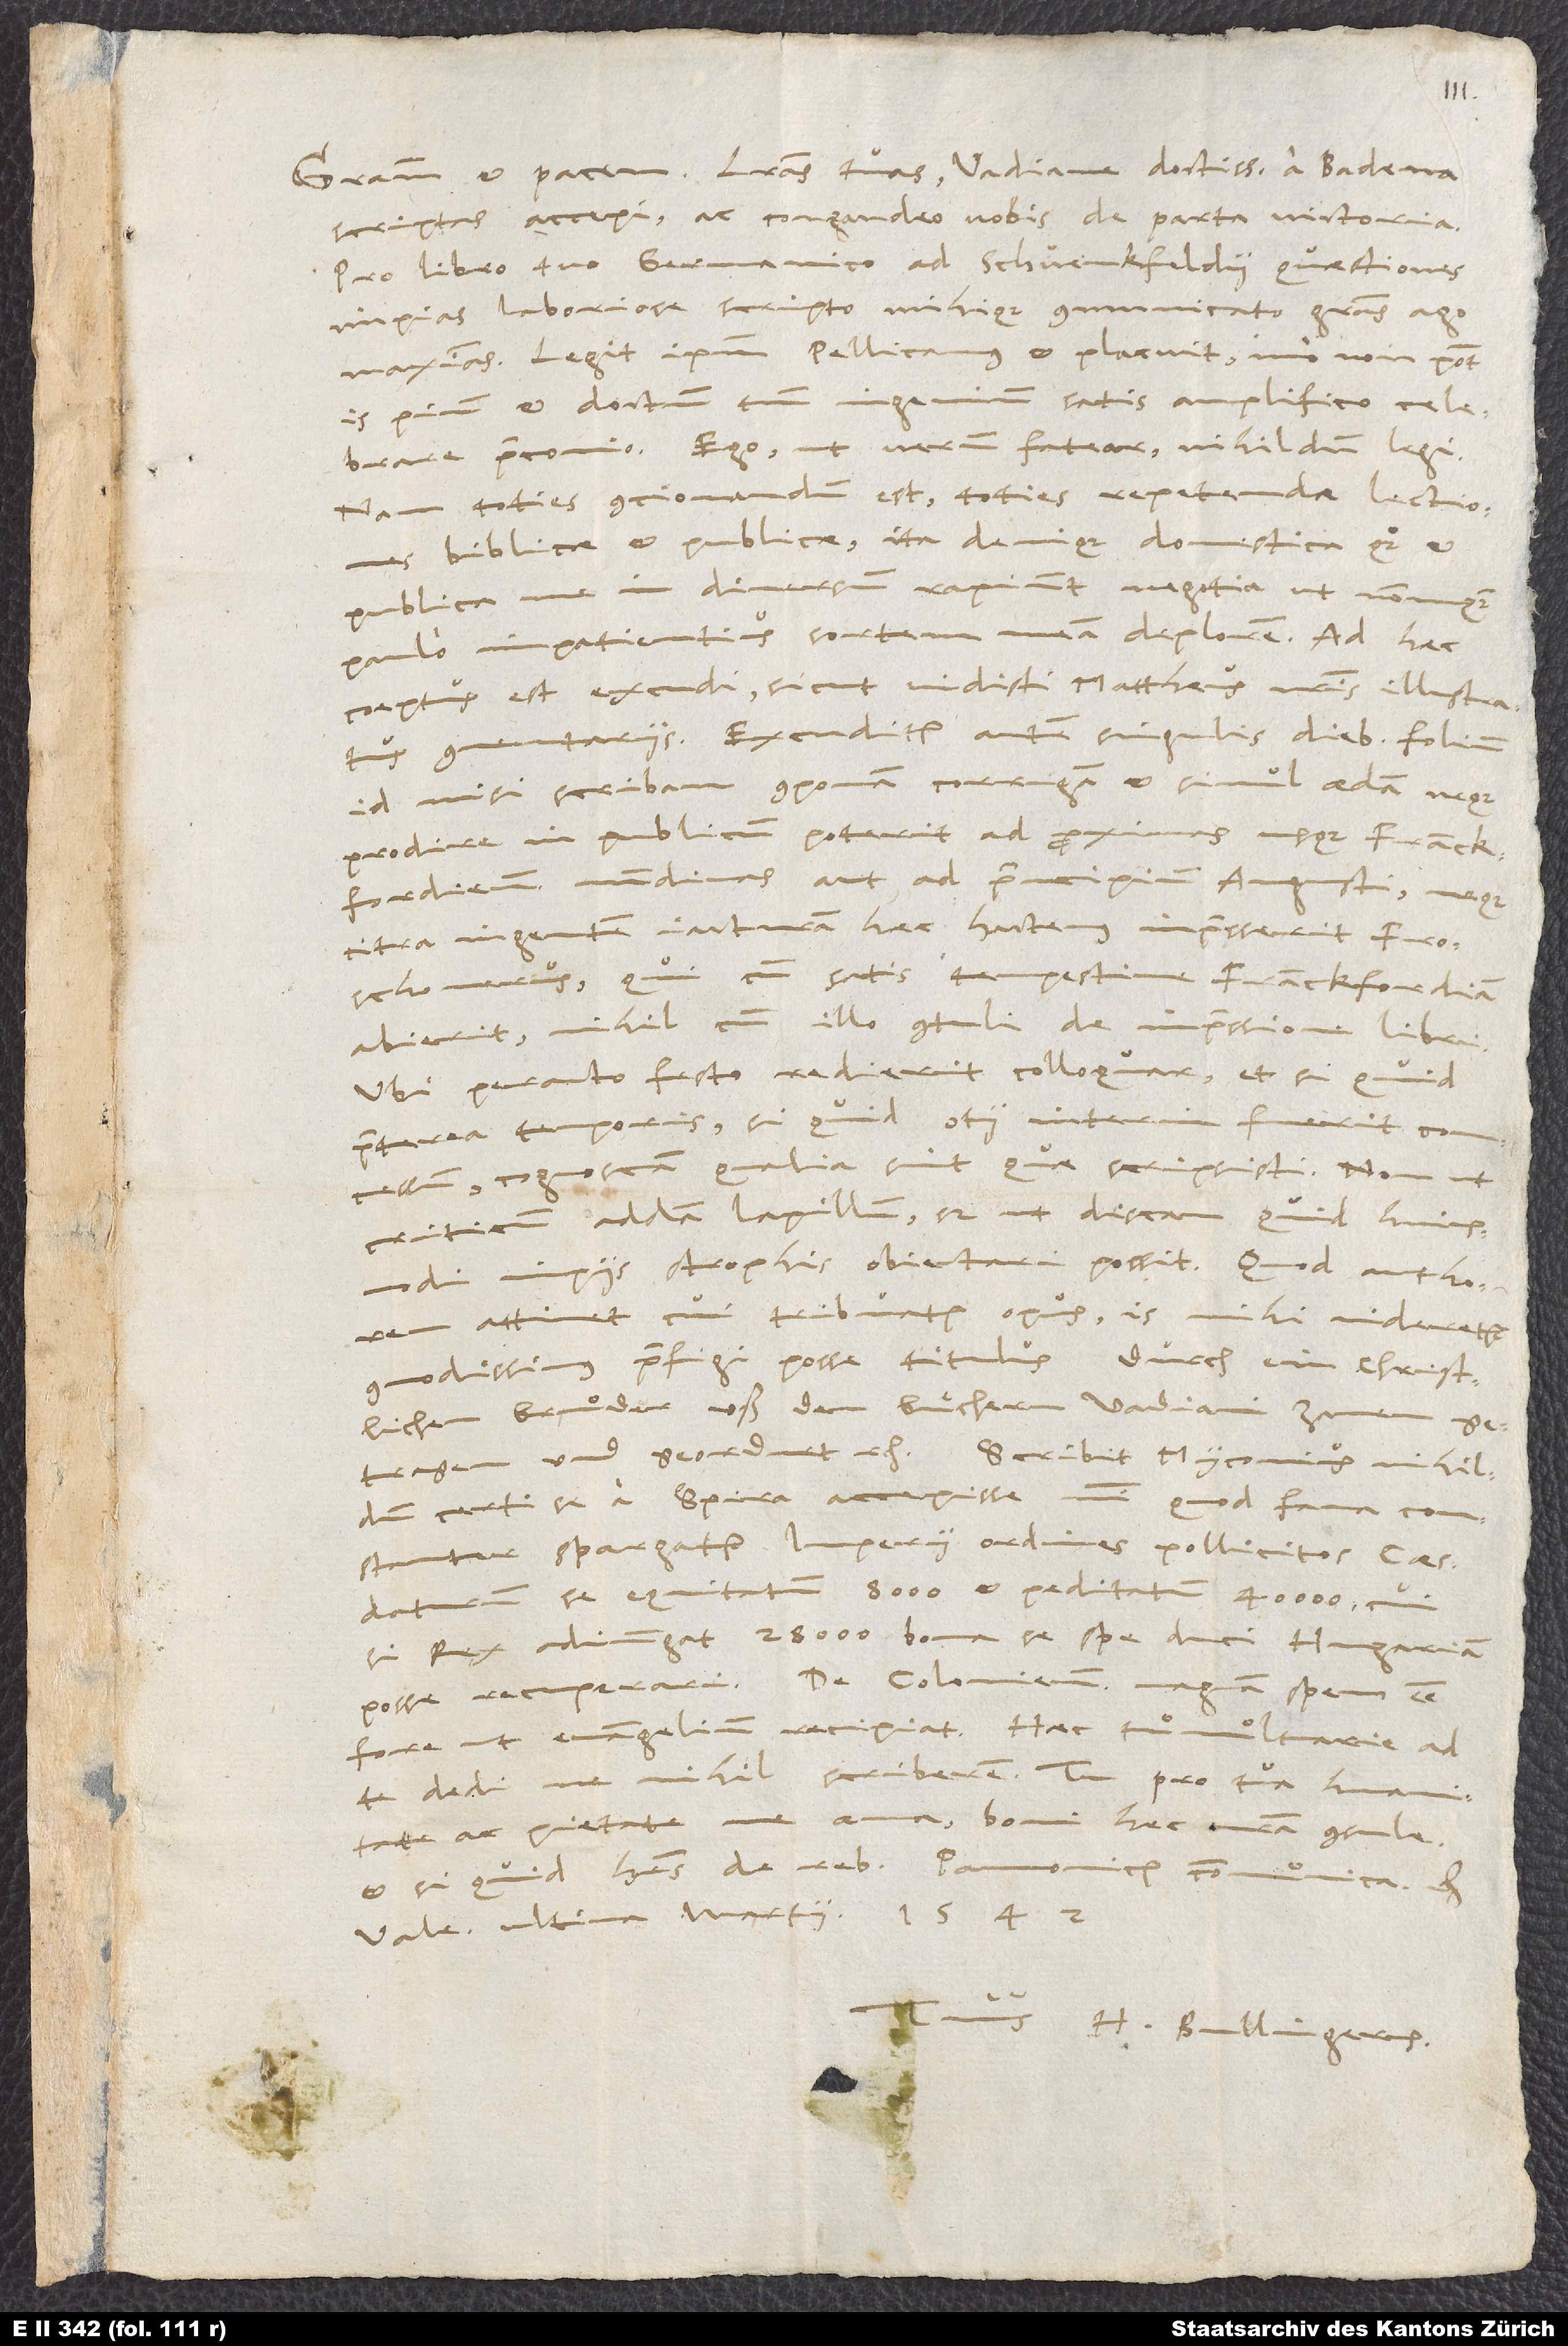
Gratiani et pacem. Literas tuas, Vadiane doctissime, a Badena
scriptas accepi ac congaudeo vobis de parta victoria.
Pro libro tuo Germanico ad Schvenkfeldii quaestiones
impias laboriose scripto mihique communicato gratias ago
maximas. Legit ipsum Pellicanus, et placuit, immo non potest
is pium et doctum tuum ingenium satis amplifico celebrare
praeconio. Ego, ut verum fatear, nihildum legi;
nam toties contionandum est, toties repetendae lectiones
biblicae et publicae, ita denique domestica quoque et
publica me in diversum rapiunt negotia, ut nonnunquam
paulo impatientius sortem meam deplorem. Ad haec
coeptus est excudi, sicut vidisti, Mattheus, nostris illustratus
commentariis. Excuditur autem singulis diebus folium;
id nisi scribam, componam, corrigam et simul edam, neque
prodire in publicum poterit ad proximas usque Franckfordienses
nundinas aut ad principium Augusti, neque
citra ingentem iacturam haec hactenus impresserit Froschouerus,
qui cum satis tempestive Franckfordiam
abierit, nihil cum illo contuli de impressione libri.
Ubi peracto festo redierit, colloquar et, si quid
praeterea temporis, si quid otii interim fuerit concessum,
cognoscam, qualia sint, quae scripsisti, non ut
criticum addam lapillum, sed ut discam, quid huiusmodi
impiis strophis obiectari possit. Quod auctorem
attinet, cui tribuatur opus, is mihi videretur
commodissimus praefigi posse titulus: Durch ein christlichen
bruͦder uß den buͤchern Vadiani zamen
getragen und geordnet etc. - Scribit Myconius, nihildum
certi se a Spira accepisse, nisi quod fama constanter
spargatur, imperii ordines pollicitos, Caesari
daturum se equitatum 8000 et peditatum 40000, cui
si rex adiungat 28000, bona se spe duci, Hungariam
posse recuperari; de Coloniensi magnam spem esse,
fore, ut evangelium recipiat. Haec tumultuarie ad
te dedi, ne nihil scriberem. Tu pro tua humanitate
ac pietate me ama, boni haec nostra consule
et, si quid habes de rebus Pannonicis, communica etc.
Vale. Ultima Martii 1542.